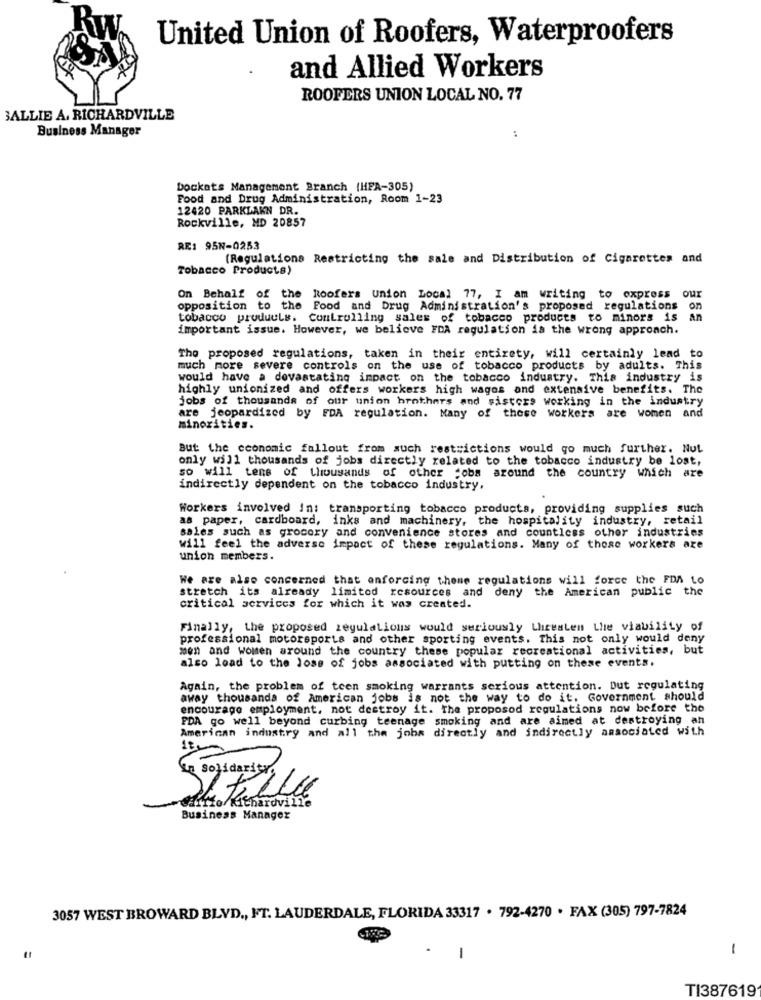
Kw
United Union of Roofers, Waterproofers
and Allied Workers
ROOFERS UNION LOCAL NO. 77
SALLIE A. RICHARDVILLE
Business Manager
:
Dockets Management Branch (HPA-305)
Food and Drug Administration, Room 1-23
12420 PARKLAKN DR.
Rockville, MD 20857
RE: 95N-0253
(Regulations Restricting the sale and Distribution of Cigarettes and
Tobacco Products)
On Behalf of the Roofers union Local 77, I am writing to express our
opposition to the
Food and Drug Administration's proposed regulations
on
tobacco products. Controlling sales of tobacco products to minors is
an
important issue. However, we believe FDA regulation is the wrong approach.
The proposed regulations, taken in their entirety, will certainly lead to
much more severe controls on the use of tobacco products by adults. This
would have a devastating impact on the tobacco industry. This industry is
highly unionized and offers workers high wagos and extensive benefits. The
jobs of thousands of our union brothers and sisters working in the industry
are jeopardized by FDA regulation. Many of these workers are women and
minorities.
But the economic fallout from such restrictions would go much further. Nut
only will thousands of jobs directly related to the tobacco industry be lost,
so will tens of thousands of other jobs around the country which are
indirectly dependent on the tobacco industry,
Workers involved in: transporting tobacco products, providing supplies such
as paper, cardboard, inks and machinery, the hospitality industry, retail
sales such as grocery and convenience stores and countless other industries
will feel the adverse impact of these regulations. Many of these workers are
union members.
We are also concerned that enforcing theme regulations will force the FDA Lo
stretch its already limited resources and deny the American public the
critical services for which it was created.
Finally, the proposed regulations would seriously Lhicesten the viability of
professional motorsports and other sporting events. This not only would deny
men and women around the country these popular recreational activities, but
also load to the loss of jobs associated with putting on these events.
Again, the problem of teen smoking warrants serious attention. but regulating
away thousands of American jobs is not the way to do it. Government should
encourage employment. not destroy it. The proposod regulations now before the
FDA go well beyond curbing teenage smoking and are aimed at destroying an
American industry and all the jobs directly and indirectly associated with
dkkto Kitharovine
Business Manager
3057 WEST BROWARD BLVD ., FT. LAUDERDALE, FLORIDA 33317 . 792-4270 . FAX (305) 797-7824
-
TI387619